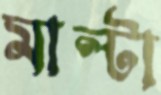
মাল্টা